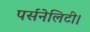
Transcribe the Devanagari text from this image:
पर्सनेलिटी।